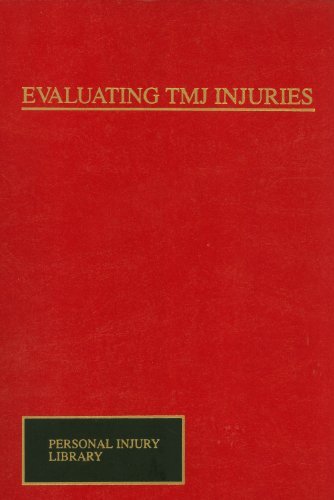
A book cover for Evaluating Tmj Injuries (Personal Injury Library); Reda A. Abdel-Fattah; Medical Books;